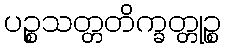
ပဉ္စသတ္တတိက္ခတ္တုဉ္စ